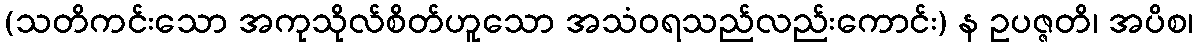
(သတိကင်းသော အကုသိုလ်စိတ်ဟူသော အသံဝရသည်လည်းကောင်း) န ဥပဇ္ဇတိ၊ အပိစ၊